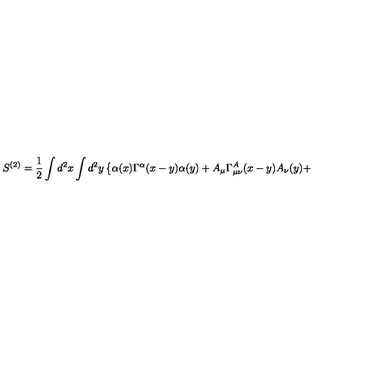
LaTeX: S ^ { ( 2 ) } = \frac { 1 } { 2 } \int d ^ { 2 } x \int d ^ { 2 } y \left\{ \alpha ( x ) \Gamma ^ { \alpha } ( x - y ) \alpha ( y ) + A _ { \mu } \Gamma _ { \mu \nu } ^ { A } ( x - y ) A _ { \nu } ( y ) + \right.